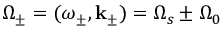
\Omega _ { \pm } = ( \omega _ { \pm } , \mathbf { k } _ { \pm } ) = \Omega _ { s } \pm \Omega _ { 0 }